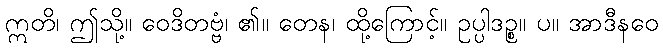
ဣတိ၊ ဤသို့။ ဝေဒိတဗ္ဗံ၊ ၏။ တေန၊ ထို့ကြောင့်။ ဥပ္ပါဒဉ္စ။ ပ။ အာဒီနဝေ